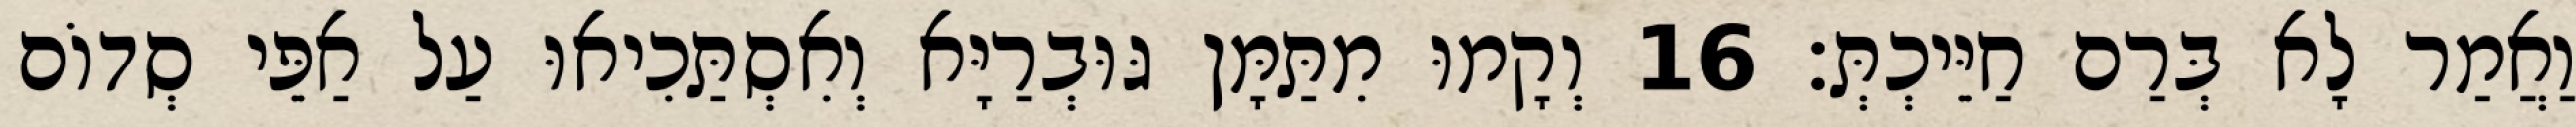
וַאֲמַר לָא בְּרַם חַיֵּיכְתְּ׃ 16 וְקָמוּ מִתַּמָּן גּוּבְרַיָּא וְאִסְתַּכִיאוּ עַל אַפֵּי סְדוֹם